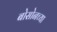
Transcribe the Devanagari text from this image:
बोसोनच्या